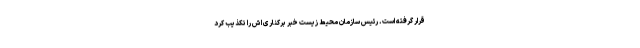
قرار گرفته است. رئیس سازمان محیط زیست خبر برکناری اش را تکذیب کرد